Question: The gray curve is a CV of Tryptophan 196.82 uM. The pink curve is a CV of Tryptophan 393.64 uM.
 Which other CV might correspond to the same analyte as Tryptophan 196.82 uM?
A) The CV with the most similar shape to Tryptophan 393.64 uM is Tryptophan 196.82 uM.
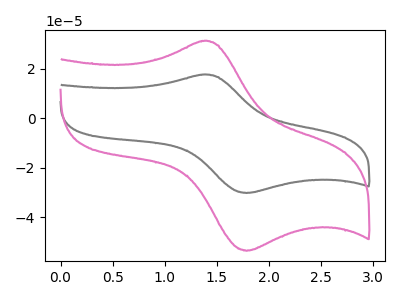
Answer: <think>The gray curve "Tryptophan 196.82 uM" has an anodic peak at (1.40V, 17.55uA) and a cathodic peak at (1.80V, -30.20uA). The pink curve "Tryptophan 393.64 uM" has an anodic peak at (1.40V, 31.15uA) and a cathodic peak at (1.80V, -53.55uA).
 All the peaks in "Tryptophan 196.82 uM" have a peak in "Tryptophan 393.64 uM" at the same potential. Every peak in "Tryptophan 196.82 uM" is lower than every peak in "Tryptophan 393.64 uM".</think>
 <answer>A) The CV with the most similar shape to "Tryptophan 393.64 uM" is "Tryptophan 196.82 uM".</answer>
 <eval>A</eval>